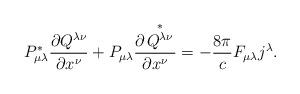
LaTeX: \begin{align*}P_{\mu\lambda}^{\ast}\frac{\partial Q^{\lambda\nu}}{\partial x^{\nu}}+P_{\mu\lambda}\frac{\partial\overset{\ast}{\left. Q^{\lambda\nu}\right. }}{\partial x^{\nu}}=-\frac{8\pi}{c}F_{\mu\lambda}j^{\lambda}.\end{align*}